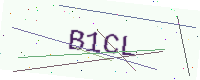
Text: B1CL